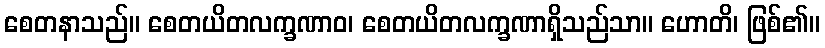
စေတနာသည်။ စေတယိတလက္ခဏာဝ၊ စေတယိတလက္ခဏာရှိသည်သာ။ ဟောတိ၊ ဖြစ်၏။